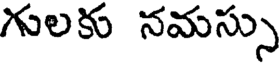
గులకు నమస్సు